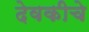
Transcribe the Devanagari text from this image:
देवकीचे